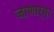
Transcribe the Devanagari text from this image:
जाणार्‍य़ा